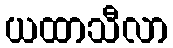
ယထာသီလာ